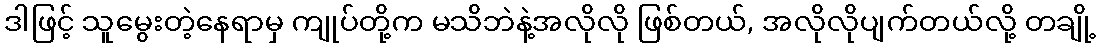
ဒါဖြင့် သူမွေးတဲ့နေရာမှ ကျုပ်တို့က မသိဘဲနဲ့အလိုလို ဖြစ်တယ်, အလိုလိုပျက်တယ်လို့ တချို့